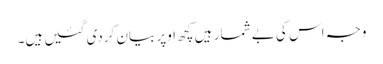
وجہ اس کی بے شمار ہیں کچھ اوپر بیان کردی گئیں ہیں۔